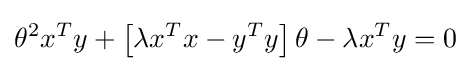
\theta ^{2}x^{T}y+\left[\lambda x^{T}x-y^{T}y\right]\theta -\lambda x^{T}y=0